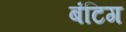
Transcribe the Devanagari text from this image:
बंटिग